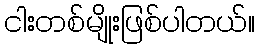
ငါးတစ်မျိုးဖြစ်ပါတယ်။